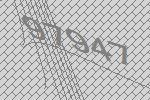
97947